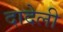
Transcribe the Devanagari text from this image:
दादेली